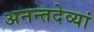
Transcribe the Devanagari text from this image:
अनन्तदेव्यां